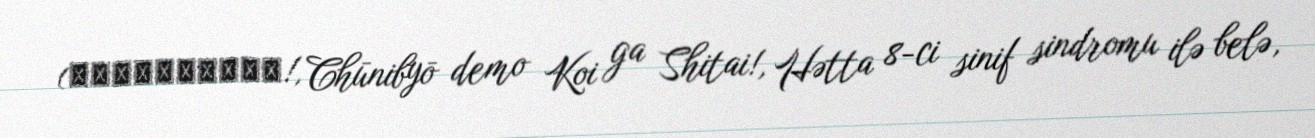
(中二病でも恋がしたい!, Chūnibyō demo Koi ga Shitai!, Hətta 8-ci sinif sindromu ilə belə,